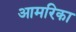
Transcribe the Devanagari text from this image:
आमरिका